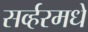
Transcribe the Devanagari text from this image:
सर्व्हरमधे